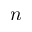
n